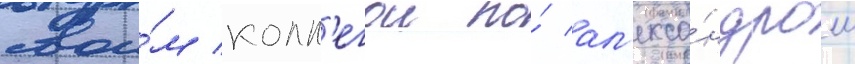
свои́м колл'егои по́ ал'екса́ндром